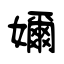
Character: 嬭